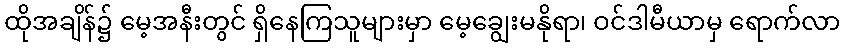
ထိုအချိန်၌ မေ့အနီးတွင် ရှိနေကြသူများမှာ မေ့ချွေးမနိုရာ၊ ဝင်ဒါမီယာမှ ရောက်လာ